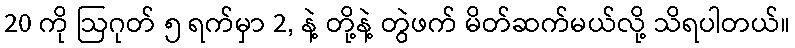
20 ကို ဩဂုတ် ၅ ရက်မှာ 2, နဲ့ တို့နဲ့ တွဲဖက် မိတ်ဆက်မယ်လို့ သိရပါတယ်။